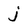
Character: j